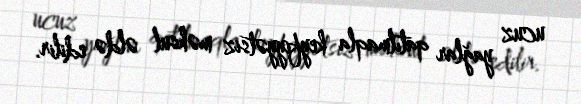
ucuz yağlar qatılmaqla keyfiyyətsiz məhsul əldə edilir.